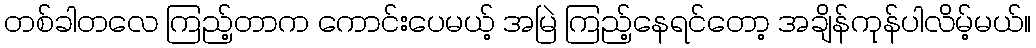
တစ်ခါတလေ ကြည့်တာက ကောင်းပေမယ့် အမြဲ ကြည့်နေရင်တော့ အချိန်ကုန်ပါလိမ့်မယ်။